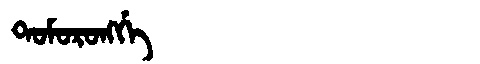
Manchu: ᡨᠣᠮᠣᡵᠣᠩᡤᡝ
Romanization: TOMORONGGE